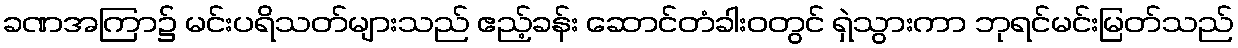
ခဏအကြာ၌ မင်းပရိသတ်များသည် ဧည့်ခန်း ဆောင်တံခါးဝတွင် ရှဲသွားကာ ဘုရင်မင်းမြတ်သည်